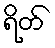
ရိတ်